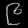
Digit: ၉